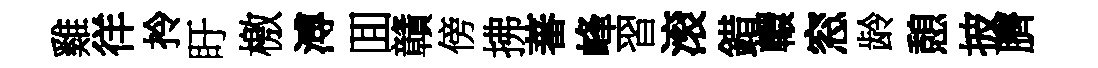
雞徉拎盱檄溥囬贛傍拂蕃峰習滚錯轘窓龄憩披臍